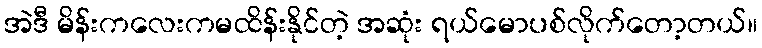
အဲဒီ မိန်းကလေးကမထိန်းနိုင်တဲ့ အဆုံး ရယ်မောပစ်လိုက်တော့တယ်။